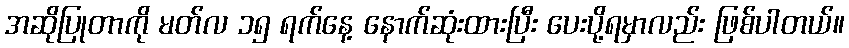
အဆိုပြုတာကို မတ်လ ၁၅ ရက်နေ့ နောက်ဆုံးထားပြီး ပေးပို့ရမှာလည်း ဖြစ်ပါတယ်။